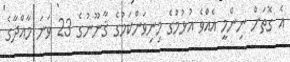
އެ ގޮތަށް ނިންމީ އެއްވެ އުޅުމުގެ މިނިވަންކަމުގެ ޤާނޫނުގެ 23 ވަނަ މާއްދާގެ